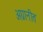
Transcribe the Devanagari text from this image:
अग्रानीत